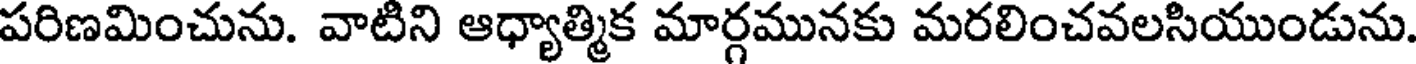
పరిణమించును. వాటిని ఆధ్యాత్మిక మార్గమునకు మరలించవలసియుండును.